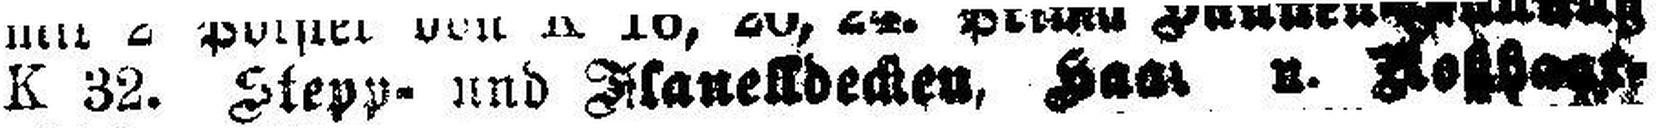
K 32. Stepp- und Flanelldecken, Haar u. Flo###t###